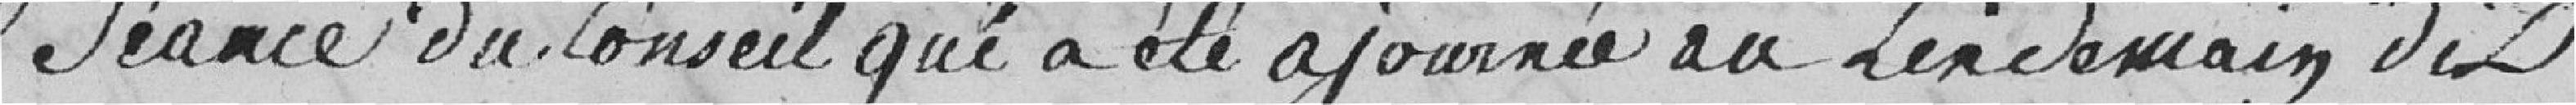
séance du Conseil qui a été ajournée au lendemain dix